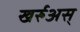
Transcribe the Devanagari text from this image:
खर्रुअस्